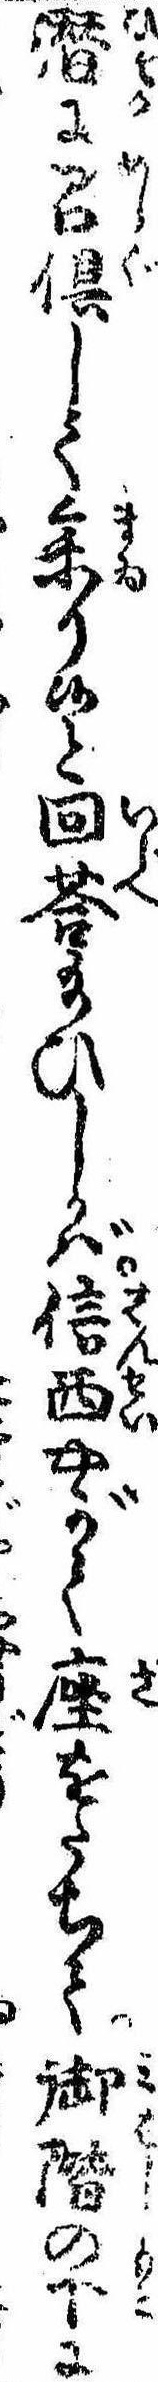
潜に召倶して参り候と回答給ひしかば信西やがて座をたちて御階の下に